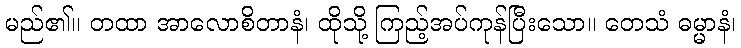
မည်၏။ တထာ အာလောစိတာနံ၊ ထိုသို့ ကြည့်အပ်ကုန်ပြီးသော။ တေသံ ဓမ္မာနံ၊